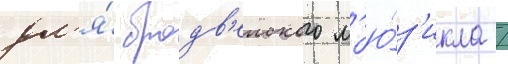
дл'я́ бродв'еиского м'ю́з'икла /